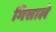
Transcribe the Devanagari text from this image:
मिसाले